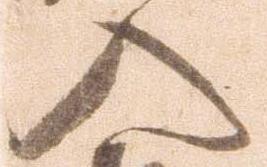
入